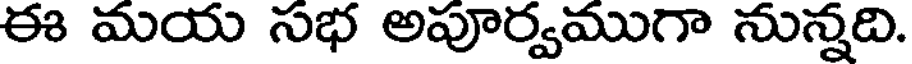
ఈ మయ సభ అపూర్వముగా నున్నది.